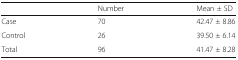
<table><thead><tr><td></td><td><b>Number</b></td><td><b>Mean ± SD</b></td></tr></thead><tbody><tr><td>Case</td><td>70</td><td>42.47 ± 8.86</td></tr><tr><td>Control</td><td>26</td><td>39.50 ± 6.14</td></tr><tr><td>Total</td><td>96</td><td>41.47 ± 8.28</td></tr></tbody></table>